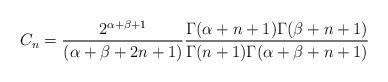
LaTeX: \begin{align*}C_n=\frac{2^{\alpha+\beta+1}}{(\alpha+\beta+2n+1)}\frac{\Gamma(\alpha+n+1)\Gamma(\beta+n+1)}{\Gamma(n+1)\Gamma(\alpha+\beta+n+1)}\end{align*}